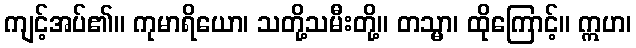
ကျင့်အပ်၏။ ကုမာရိယော၊ သတို့သမီးတို့။ တသ္မာ၊ ထိုကြောင့်။ ဣဟ၊